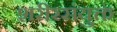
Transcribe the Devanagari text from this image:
शरीरसंयुक्तं